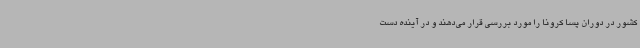
کشور در دوران پسا کرونا را مورد بررسی قرار می‌دهند و در آینده دست